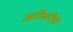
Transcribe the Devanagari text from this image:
जरीमरीचे